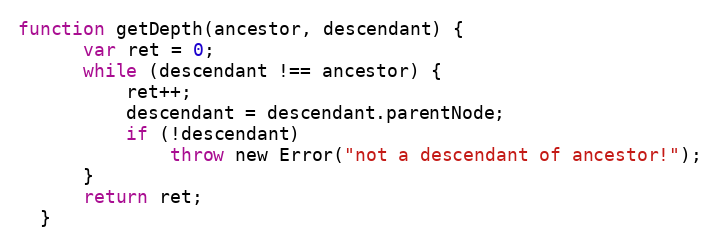
Language: JavaScript
function getDepth(ancestor, descendant) {
      var ret = 0;
      while (descendant !== ancestor) {
          ret++;
          descendant = descendant.parentNode;
          if (!descendant)
              throw new Error("not a descendant of ancestor!");
      }
      return ret;
  }